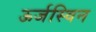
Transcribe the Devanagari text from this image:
ऊर्जस्विन